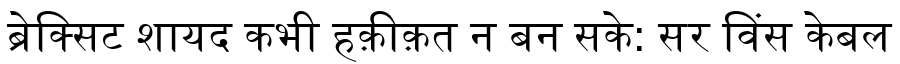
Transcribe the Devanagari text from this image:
ब्रेक्सिट शायद कभी हक़ीक़त न बन सके: सर विंस केबल